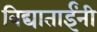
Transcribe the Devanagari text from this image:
विद्याताईंनी